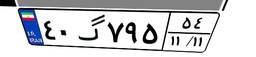
۴۰گ۷۹۵۵۴